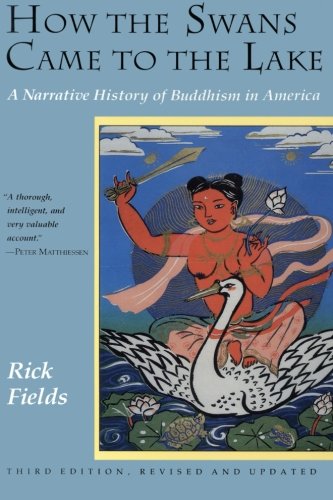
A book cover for How the Swans Came to the Lake; Rick Fields; Religion & Spirituality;